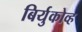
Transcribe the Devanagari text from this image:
बिर्युकोव्ह